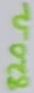
Text: 820Ω